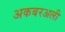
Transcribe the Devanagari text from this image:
अकबरअली